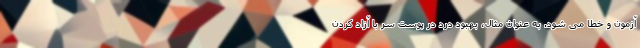
آزمون و خطا می شود. به عنوان مثال، بهبود درد در پوست سر با آزاد کردن